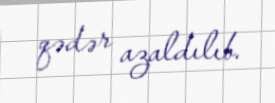
qədər azaldılıb.